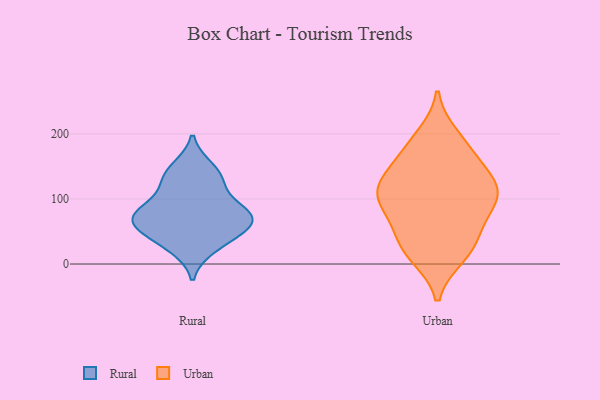
{"axis": {"x": "Bounce Rate (%)", "y": "Value"}, "legend": ["Rural", "Urban"], "data": [{"x": "", "y": 67, "type": "Rural"}, {"x": "", "y": 26, "type": "Rural"}, {"x": "", "y": 81, "type": "Rural"}, {"x": "", "y": 132, "type": "Rural"}, {"x": "", "y": 124, "type": "Rural"}, {"x": "", "y": 63, "type": "Rural"}, {"x": "", "y": 81, "type": "Rural"}, {"x": "", "y": 79, "type": "Rural"}, {"x": "", "y": 58, "type": "Rural"}, {"x": "", "y": 39, "type": "Rural"}, {"x": "", "y": 147, "type": "Rural"}, {"x": "", "y": 27, "type": "Urban"}, {"x": "", "y": 43, "type": "Urban"}, {"x": "", "y": 196, "type": "Urban"}, {"x": "", "y": 116, "type": "Urban"}, {"x": "", "y": 64, "type": "Urban"}, {"x": "", "y": 131, "type": "Urban"}, {"x": "", "y": 13, "type": "Urban"}, {"x": "", "y": 99, "type": "Urban"}, {"x": "", "y": 103, "type": "Urban"}, {"x": "", "y": 136, "type": "Urban"}, {"x": "", "y": 19, "type": "Urban"}, {"x": "", "y": 99, "type": "Urban"}, {"x": "", "y": 127, "type": "Urban"}, {"x": "", "y": 179, "type": "Urban"}, {"x": "", "y": 85, "type": "Urban"}, {"x": "", "y": 172, "type": "Urban"}]}